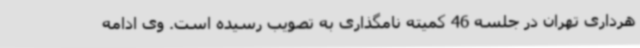
هرداری تهران در جلسه 46 کمیته نامگذاری به تصویب رسیده است. وی ادامه